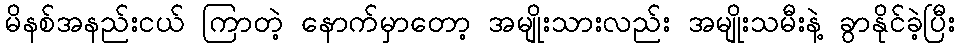
မိနစ်အနည်းငယ် ကြာတဲ့ နောက်မှာတော့ အမျိုးသားလည်း အမျိုးသမီးနဲ့ ခွာနိုင်ခဲ့ပြီး